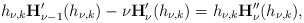
\begin{align*}{h_{\nu,k}}\mathbf{H}_{\nu-1}'(h_{\nu,k})-\nu\mathbf{H}_{\nu}'(h_{\nu,k})=h_{\nu,k}\mathbf{H}_{\nu}''(h_{\nu,k}),\end{align*}